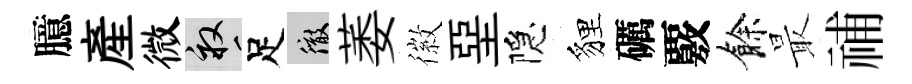
臆産微畝足徹萎徽堊隠貍礪覈餘最𥙷